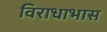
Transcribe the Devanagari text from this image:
विराधाभास